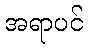
အရာပင်